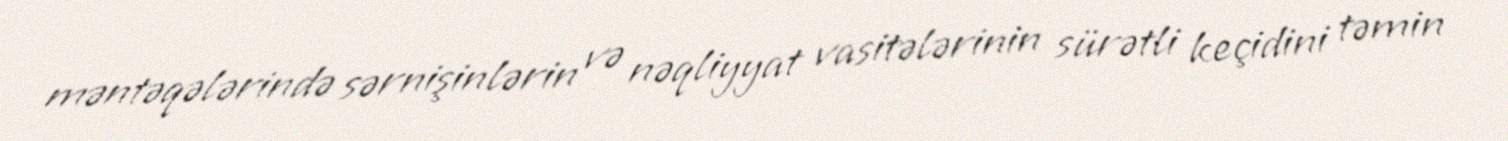
məntəqələrində sərnişinlərin və nəqliyyat vasitələrinin sürətli keçidini təmin